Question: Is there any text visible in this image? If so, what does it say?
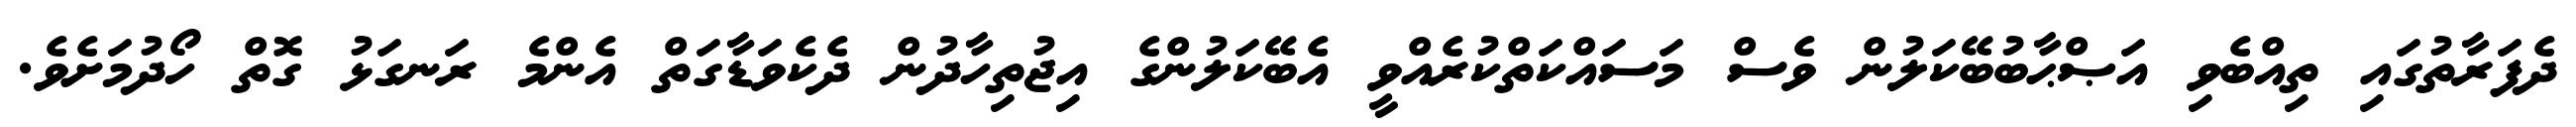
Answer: ދެފަރާތުގައި ތިއްބެވި އަޞްޙާބުބޭކަލުން ވެސް މަސައްކަތްކުރެއްވީ އެބޭކަލުންގެ އިޖުތިހާދުން ދެކެވަޑާގަތް އެންމެ ރަނގަޅު ގޮތް ހޯދުމަށެވެ.